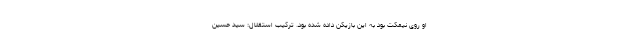
او روی نیمکت بود به این بازیکن داده شده بود. ترکیب استقلال: سید حسین